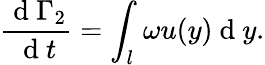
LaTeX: \frac{\mathrm{~d~}\Gamma_{2}}{\mathrm{~d~}t}=\int_{l}\omega u(y)\mathrm{~d~}y.